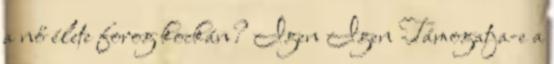
a nő élete forog kockán? Igen Igen Támogatja-e a